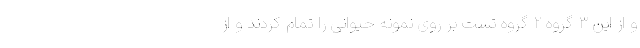
و از این ۳ گروه ۲ گروه تست بر روی نمونه حیوانی را تمام کردند و از